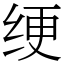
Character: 绠